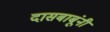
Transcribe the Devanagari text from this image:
दासबाबूंनी